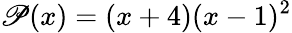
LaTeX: \mathscr{P}(x)=(x+4)(x-1)^{2}